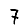
Digit: 7